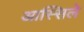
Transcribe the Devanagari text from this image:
आस्सिले